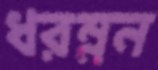
ধরম্নন